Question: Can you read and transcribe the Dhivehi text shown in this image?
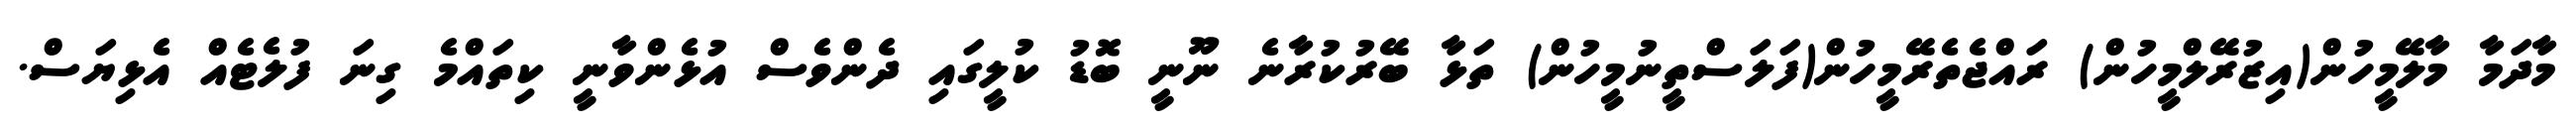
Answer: މާދަމާ މާލޭމީހުން(އިޒުރޭލްމީހުން) ރައްޖެތެރޭމީހުން(ފަލަސްތީނުމީހުން) ތަޅާ ބޭރުކުރާނެ ނޫނީ ބޮޑު ކުލީގައި ދެންވެސް އުޅެންވާނީ ކިތައްމެ ގިނަ ފުލެޓެއް އެޅިޔަސް.